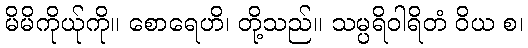
မိမိကိုယ်ုကို။ စောရေဟိ၊ တို့သည်။ သမ္ပရိဝါရိတံ ဝိယ စ၊